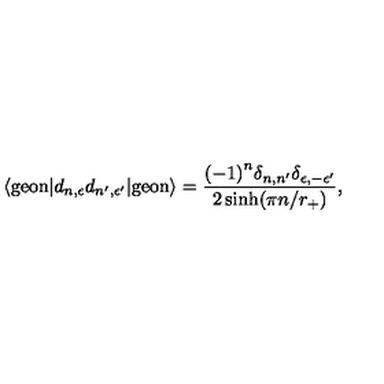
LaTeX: \langle \mathrm { g e o n } | d _ { n , \epsilon } d _ { n ^ { \prime } , \epsilon ^ { \prime } } | \mathrm { g e o n } \rangle = \frac { { ( - 1 ) } ^ { n } \delta _ { n , n ^ { \prime } } \delta _ { \epsilon , - \epsilon ^ { \prime } } } { 2 \sinh ( \pi n / r _ { + } ) } ,